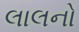
લાલનો